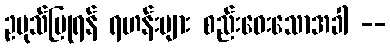
ဥပုသ်ပြုရန် ရဟန်းများ စည်းဝေးသောအခါ --